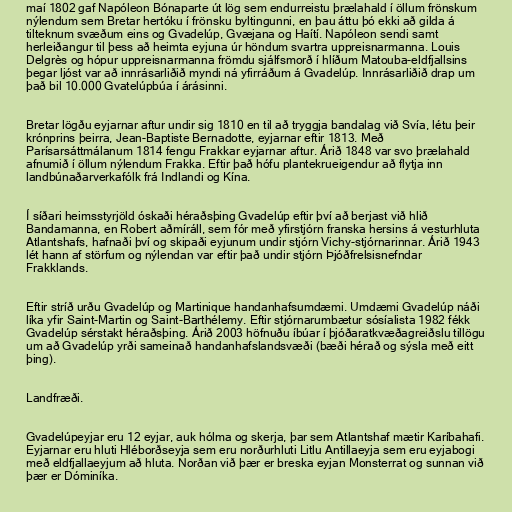
maí 1802 gaf Napóleon Bónaparte út lög sem endurreistu þrælahald í öllum frönskum
nýlendum sem Bretar hertóku í frönsku byltingunni, en þau áttu þó ekki að gilda á
tilteknum svæðum eins og Gvadelúp, Gvæjana og Haítí. Napóleon sendi samt
herleiðangur til þess að heimta eyjuna úr höndum svartra uppreisnarmanna. Louis
Delgrès og hópur uppreisnarmanna frömdu sjálfsmorð í hlíðum Matouba-eldfjallsins
þegar ljóst var að innrásarliðið myndi ná yfirráðum á Gvadelúp. Innrásarliðið drap um
það bil 10.000 Gvatelúpbúa í árásinni.

Bretar lögðu eyjarnar aftur undir sig 1810 en til að tryggja bandalag við Svía, létu þeir
krónprins þeirra, Jean-Baptiste Bernadotte, eyjarnar eftir 1813. Með
Parísarsáttmálanum 1814 fengu Frakkar eyjarnar aftur. Árið 1848 var svo þrælahald
afnumið í öllum nýlendum Frakka. Eftir það hófu plantekrueigendur að flytja inn
landbúnaðarverkafólk frá Indlandi og Kína.

Í síðari heimsstyrjöld óskaði héraðsþing Gvadelúp eftir því að berjast við hlið
Bandamanna, en Robert aðmíráll, sem fór með yfirstjórn franska hersins á vesturhluta
Atlantshafs, hafnaði því og skipaði eyjunum undir stjórn Vichy-stjórnarinnar. Árið 1943
lét hann af störfum og nýlendan var eftir það undir stjórn Þjóðfrelsisnefndar
Frakklands.

Eftir stríð urðu Gvadelúp og Martinique handanhafsumdæmi. Umdæmi Gvadelúp náði
líka yfir Saint-Martin og Saint-Barthélemy. Eftir stjórnarumbætur sósíalista 1982 fékk
Gvadelúp sérstakt héraðsþing. Árið 2003 höfnuðu íbúar í þjóðaratkvæðagreiðslu tillögu
um að Gvadelúp yrði sameinað handanhafslandsvæði (bæði hérað og sýsla með eitt
þing).

Landfræði.

Gvadelúpeyjar eru 12 eyjar, auk hólma og skerja, þar sem Atlantshaf mætir Karíbahafi.
Eyjarnar eru hluti Hléborðseyja sem eru norðurhluti Litlu Antillaeyja sem eru eyjabogi
með eldfjallaeyjum að hluta. Norðan við þær er breska eyjan Monsterrat og sunnan við
þær er Dóminíka.